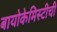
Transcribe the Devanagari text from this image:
बायोकेमिस्टीची